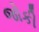
જોકી